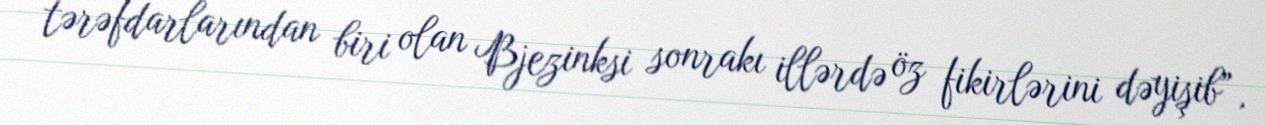
tərəfdarlarından biri olan Bjezinksi sonrakı illərdə öz fikirlərini dəyişib”,